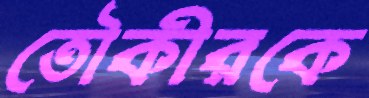
তৌকীরকে